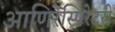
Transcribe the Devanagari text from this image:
आणिरेस्पिरेटरी